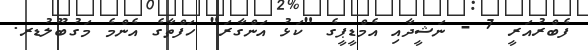
ފެބްރުއަރީ 7 - ނަޝީދާއި އެމްޑީޕީގެ "ކަޅު އަންގާރަ" ހަފްތާގެ އެންމެ މަގުބޫލުޑރ.